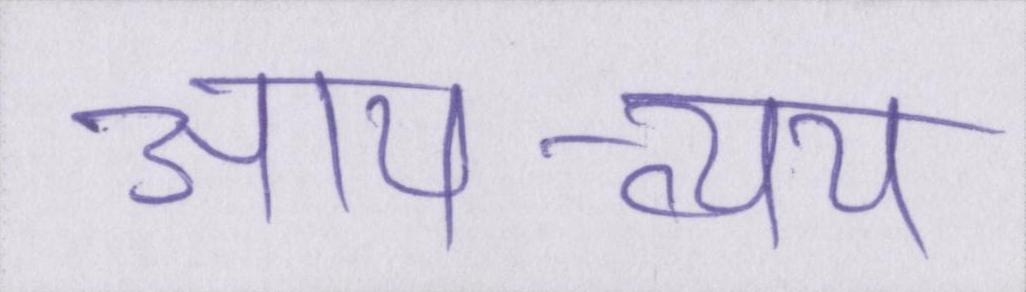
आय-व्यय